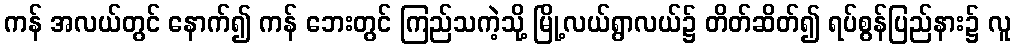
ကန် အလယ်တွင် နောက်၍ ကန် ဘေးတွင် ကြည်သကဲ့သို့ မြို့လယ်ရွာလယ်၌ တိတ်ဆိတ်၍ ရပ်စွန်ပြည်နား၌ လူ